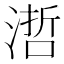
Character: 𣻂